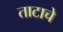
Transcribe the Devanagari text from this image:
ताटाचे